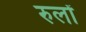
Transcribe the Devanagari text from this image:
रुलों